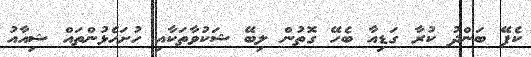
ކެފޭ ބަންދު ކުރާ ގަޑިއާ ބެހޭ ގޮތުން ލިބޭ ޝަކުވާތަކާއި ހުށަހެޅުންތައް ޝިއާއު